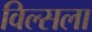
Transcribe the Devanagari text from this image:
विल्सला